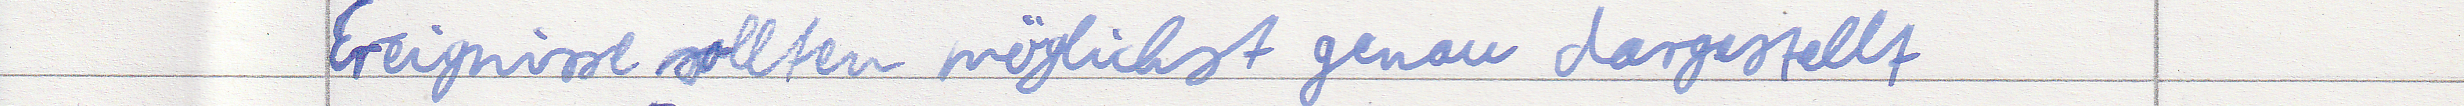
Ereignisse sollten möglichst genau dargestellt